Note on the mental hospitals in Burma - 1925-1940
Year: 1925
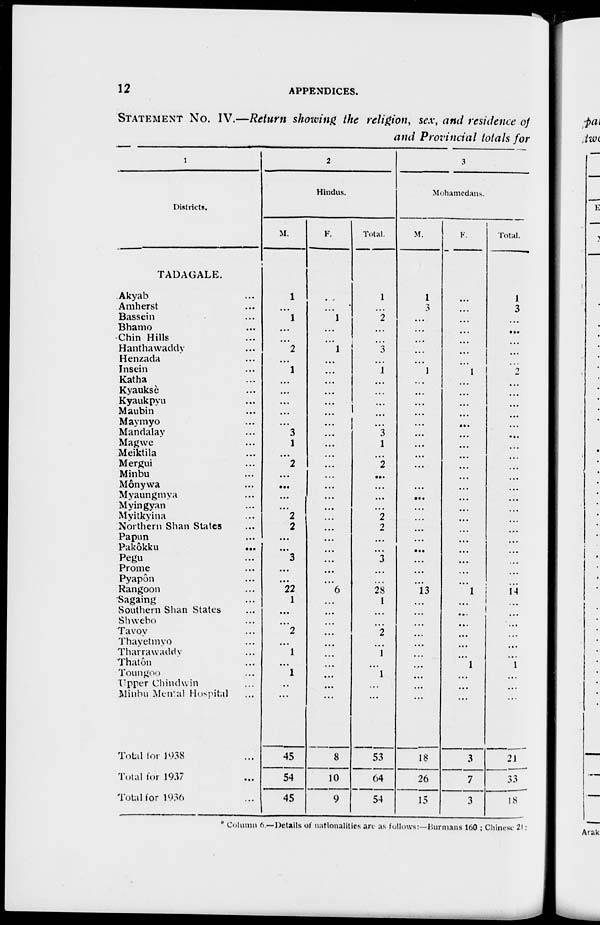
12
APPENDICES.
STATEMENT NO. IV.—Return showing the religion, sex, and residence of
and Provincial totals for
1
Districts.
TADAGALE.
Akyab ...
Amherst ...
Bassein ...
Bhamo ...
Chin Hills ...
Hanthawaddy ...
Henzada ...
Insein ...
Katha ...
Kyauksè ...
Kyaukpyu ...
Maubin ...
Maymyo ...
Mandalay ...
Magwe ...
Meiktila ...
Mergui ...
Minbu ...
Mônywa ...
Myaungmya ...
Myingyan ...
Myitkyina ...
Northern Shan States ...
Papun ...
Pakôkku
...
Pegu ...
Prome ...
Pyapôn ...
Rangoon ...
Sagaing ...
Southern Shan States ...
Shwebo ...
Tavoy ...
Thayetmyo ...
Tharrawaddy ...
Thatôn ...
Toungoo ...
Uapper Chindwin ...
Minbu Mental Hospital ...
Total for 1938 ...
Total for 1937 ...
Total for 1936 ...
2
Hindus.
M.
1
...
1
...
...
2
...
1
...
...
...
...
...
3
1
...
2
...
...
...
...
2
2
...
...
3
...
...
22
1
...
...
2
...
1
...
1
...
...
45
54
45
F.
...
...
1
...
...
1
...
...
...
...
...
...
...
...
...
...
...
...
...
...
...
...
...
...
...
...
...
...
6
...
...
...
...
...
...
...
...
...
...
8
10
9
Total.
1
...
2
...
...
3
...
1
...
...
...
...
...
3
1
...
2
...
...
...
...
2
2
...
...
3
...
...
28
1
...
...
2
...
1
...
1
...
...
53
64
54
3
Mohamedans.
M.
1
3
...
...
...
...
...
1
...
...
...
...
...
...
...
...
...
...
...
...
...
...
...
...
...
...
...
...
13
...
...
...
...
...
...
...
...
...
...
18
26
15
F.
...
...
...
...
...
...
...
1
...
...
...
...
...
...
...
...
...
...
...
...
...
...
...
...
...
...
...
...
1
...
...
...
...
...
...
1
...
...
...
3
7
3
Total.
1
3
...
...
...
...
...
2
...
...
...
...
...
...
...
...
...
...
...
...
...
...
...
...
...
...
...
...
14
...
...
...
...
...
...
1
...
...
...
21
33
18
* Column 6.—Details of nationalities are as follows:—Burmans 160 ; Chinese 21 ;